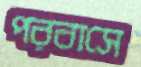
পরবাসে